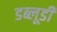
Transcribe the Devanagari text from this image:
डब्लूडी